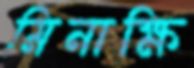
মিনাক্ষি